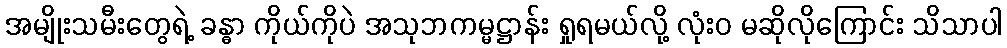
အမျိုးသမီးတွေရဲ့ ခန္ဓာ ကိုယ်ကိုပဲ အသုဘကမ္မဋ္ဌာန်း ရှုရမယ်လို့ လုံးဝ မဆိုလိုကြောင်း သိသာပါ